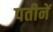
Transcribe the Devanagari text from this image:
पतीनें